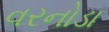
વરનોડા